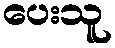
ပေးသူ